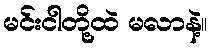
မင်းငါတို့ထဲ မလာနဲ့။